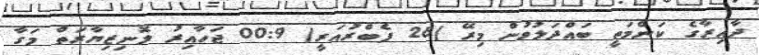
ދާއިރާގެ ކަންމަތީ ބައްދަލުވުން މިރޭ )26 ފެބްރުއަރީ( 00:9 ޖަހާއިރު ލޮނިޒިޔާރަތް މަގާ